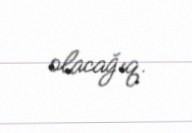
olacağıq.